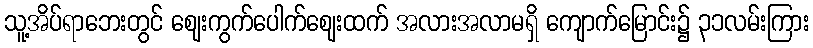
သူ့အိပ်ရာဘေးတွင် ဈေးကွက်ပေါက်ဈေးထက် အလားအလာမရှိ ကျောက်မြောင်း၌ ၃၁လမ်းကြား